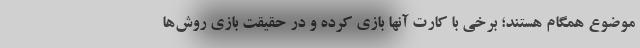
موضوع همگام هستند؛ برخی‌ با کارت آنها بازی کرده و در حقیقت بازی روش‌ها